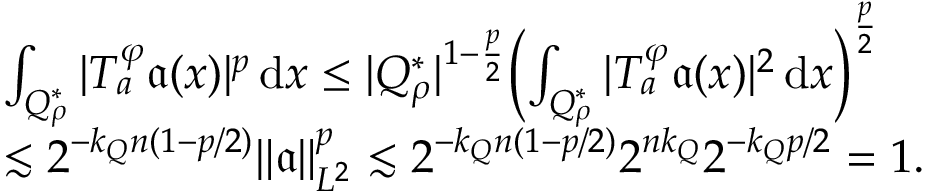
\begin{array} { r l } & { \int _ { Q _ { \rho } ^ { * } } | T _ { a } ^ { \varphi } \mathfrak { a } ( x ) | ^ { p } \, \mathrm { d } x \leq | Q _ { \rho } ^ { * } | ^ { 1 - \frac p 2 } \Big ( { \int _ { Q _ { \rho } ^ { * } } | T _ { a } ^ { \varphi } \mathfrak { a } ( x ) | ^ { 2 } \, \mathrm { d } x } \Big ) ^ { \frac p 2 } } \\ & { \lesssim 2 ^ { - k _ { Q } n ( 1 - p / 2 ) } \| \mathfrak { a } \| _ { L ^ { 2 } } ^ { p } \lesssim 2 ^ { - k _ { Q } n ( 1 - p / 2 ) } 2 ^ { n k _ { Q } } 2 ^ { - k _ { Q } p / 2 } = 1 . } \end{array}